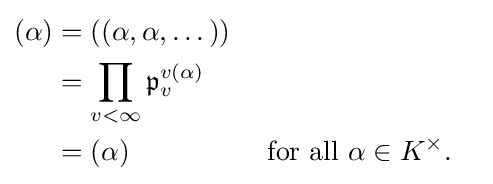
{\begin{aligned}(\alpha )&=((\alpha ,\alpha ,\dotsc ))\\&=\prod _{v<\infty }{\mathfrak {p}}_{v}^{v(\alpha )}\\&=(\alpha )&&{\text{ for all }}\alpha \in K^{\times }.\end{aligned}}